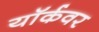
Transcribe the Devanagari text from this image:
यॉर्कवर